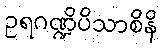
ဥရဂဏ္ဍိပိသာစိနိ